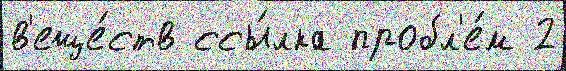
в'еще́ств ссы́лка пробл'е́м 2